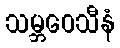
သမ္ဘဝေသီနံ